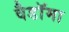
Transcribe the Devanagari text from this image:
वैडाॅमा